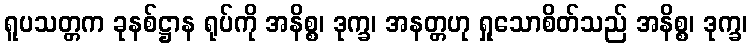
ရူပသတ္တက ခုနစ်ဋ္ဌာန ရုပ်ကို အနိစ္စ၊ ဒုက္ခ၊ အနတ္တဟု ရှုသောစိတ်သည် အနိစ္စ၊ ဒုက္ခ၊